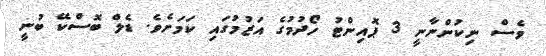
ވެސް ނިކުންނާނީ 3 ޕޮއިންޓު ހޯދުމުގެ އަޒުމުގައި ކަމަށެވެ. ޑެލް ބޮސްކޭ ބުނީ